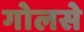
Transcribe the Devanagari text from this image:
गोलसे